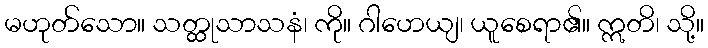
မဟုတ်သော။ သတ္ထုသာသနံ၊ ကို။ ဂါဟေယျ၊ ယူစေရာ၏။ ဣတိ၊ သို့။